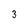
Character: 3